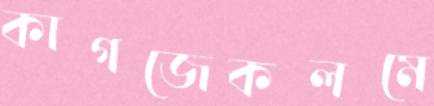
কাগজেকলমে